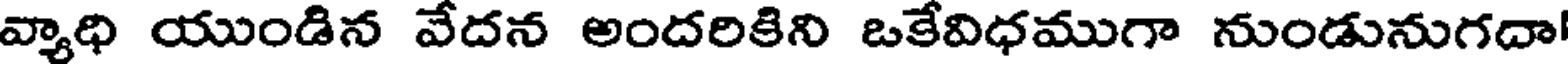
వ్యాధి యుండిన వేదన అందరికిని ఒకేవిధముగా నుండునుగదా